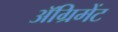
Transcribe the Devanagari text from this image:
अॅग्रिमेंट